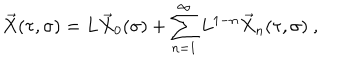
\vec { X } ( \tau , \sigma ) = L \vec { X } _ { 0 } ( \sigma ) + \sum _ { n = 1 } ^ { \infty } L ^ { 1 - n } \vec { X } _ { n } ( \tau , \sigma ) \ ,